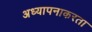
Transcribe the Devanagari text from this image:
अध्यापनाकरता